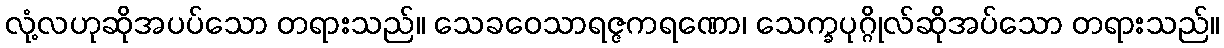
လုံ့လဟုဆိုအပပ်သော တရားသည်။ သေခဝေသာရဇ္ဇကရဏော၊ သေက္ခပုဂ္ဂိုလ်ဆိုအပ်သော တရားသည်။